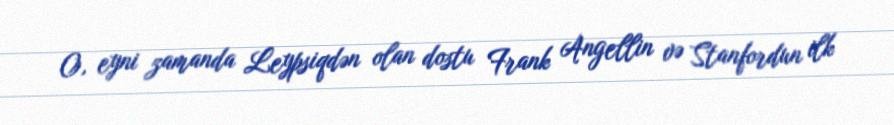
O, eyni zamanda Leypsiqdən olan dostu Frank Angellin və Stanfordun ilk